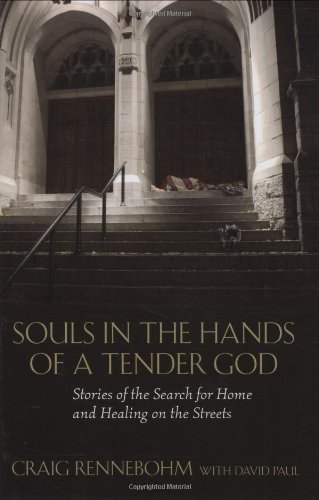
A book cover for Souls in the Hands of a Tender God: Stories of the Search for Home and Healing on the Streets; Craig Rennebohm; Religion & Spirituality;